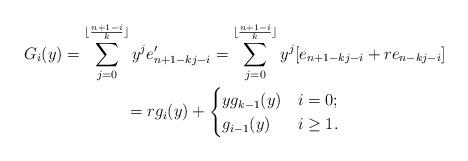
LaTeX: \begin{align*}\begin{gathered}G_i(y)=\sum_{j=0}^{\lfloor\frac{n+1-i}k\rfloor} y^je'_{n+1-kj-i}=\sum_{j=0}^{\lfloor\frac{n+1-i}k\rfloor} y^j[e_{n+1-kj-i}+re_{n-kj-i}]\\=rg_i(y)+\begin{cases}yg_{k-1}(y)&i=0;\\g_{i-1}(y)&i\geq 1.\end{cases}\end{gathered}\end{align*}